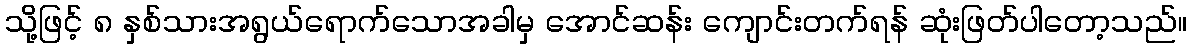
သို့ဖြင့် ၈ နှစ်သားအရွယ်ရောက်သောအခါမှ အောင်ဆန်း ကျောင်းတက်ရန် ဆုံးဖြတ်ပါတော့သည်။